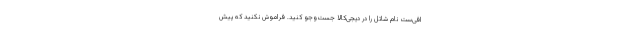
افی‌ست نام شاتل را در دیجی‌کالا جست‌وجو کنید. فراموش نکنید که پیش